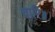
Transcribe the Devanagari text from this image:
चारि॥